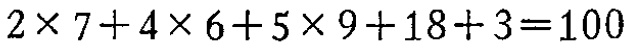
\(2\times 7 + 4\times 6 + 5\times 9 + 18 + 3 = 100\)